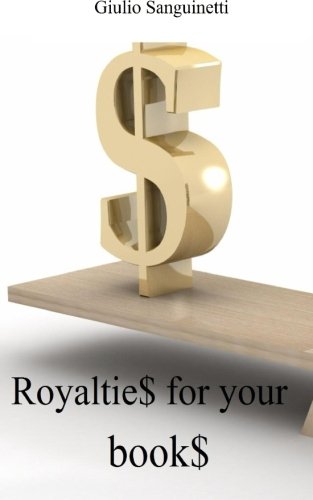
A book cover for Royaltie$ for your book$: How to skip the 30% withholding; Giulio Sanguinetti; Law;